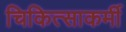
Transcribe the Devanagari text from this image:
चिकित्साकर्मी